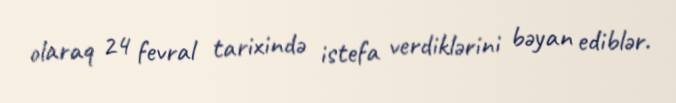
olaraq 24 fevral tarixində istefa verdiklərini bəyan ediblər.